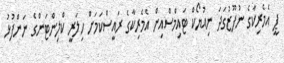
ޕީ އެމެރިކާގެ ނުފޫޒުގަދަ ނިއުޔޯކް ޓައިމްސްއިން އެމެރިކާގެ ރައީސްކަމަށް ހިލަރީ ކްލިންޓަންގެ ނަންފުޅު